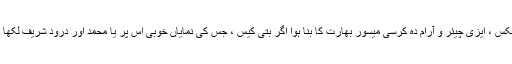
سگار بکس ، ایزی چیئر و آرام دہ کرسی میسور بھارت کا بنا ہوا اگر بتی کیس ، جس کی نمایاں خوبی اس پر یا محمدؐ اور درود شریف لکھا ہوا ہے۔